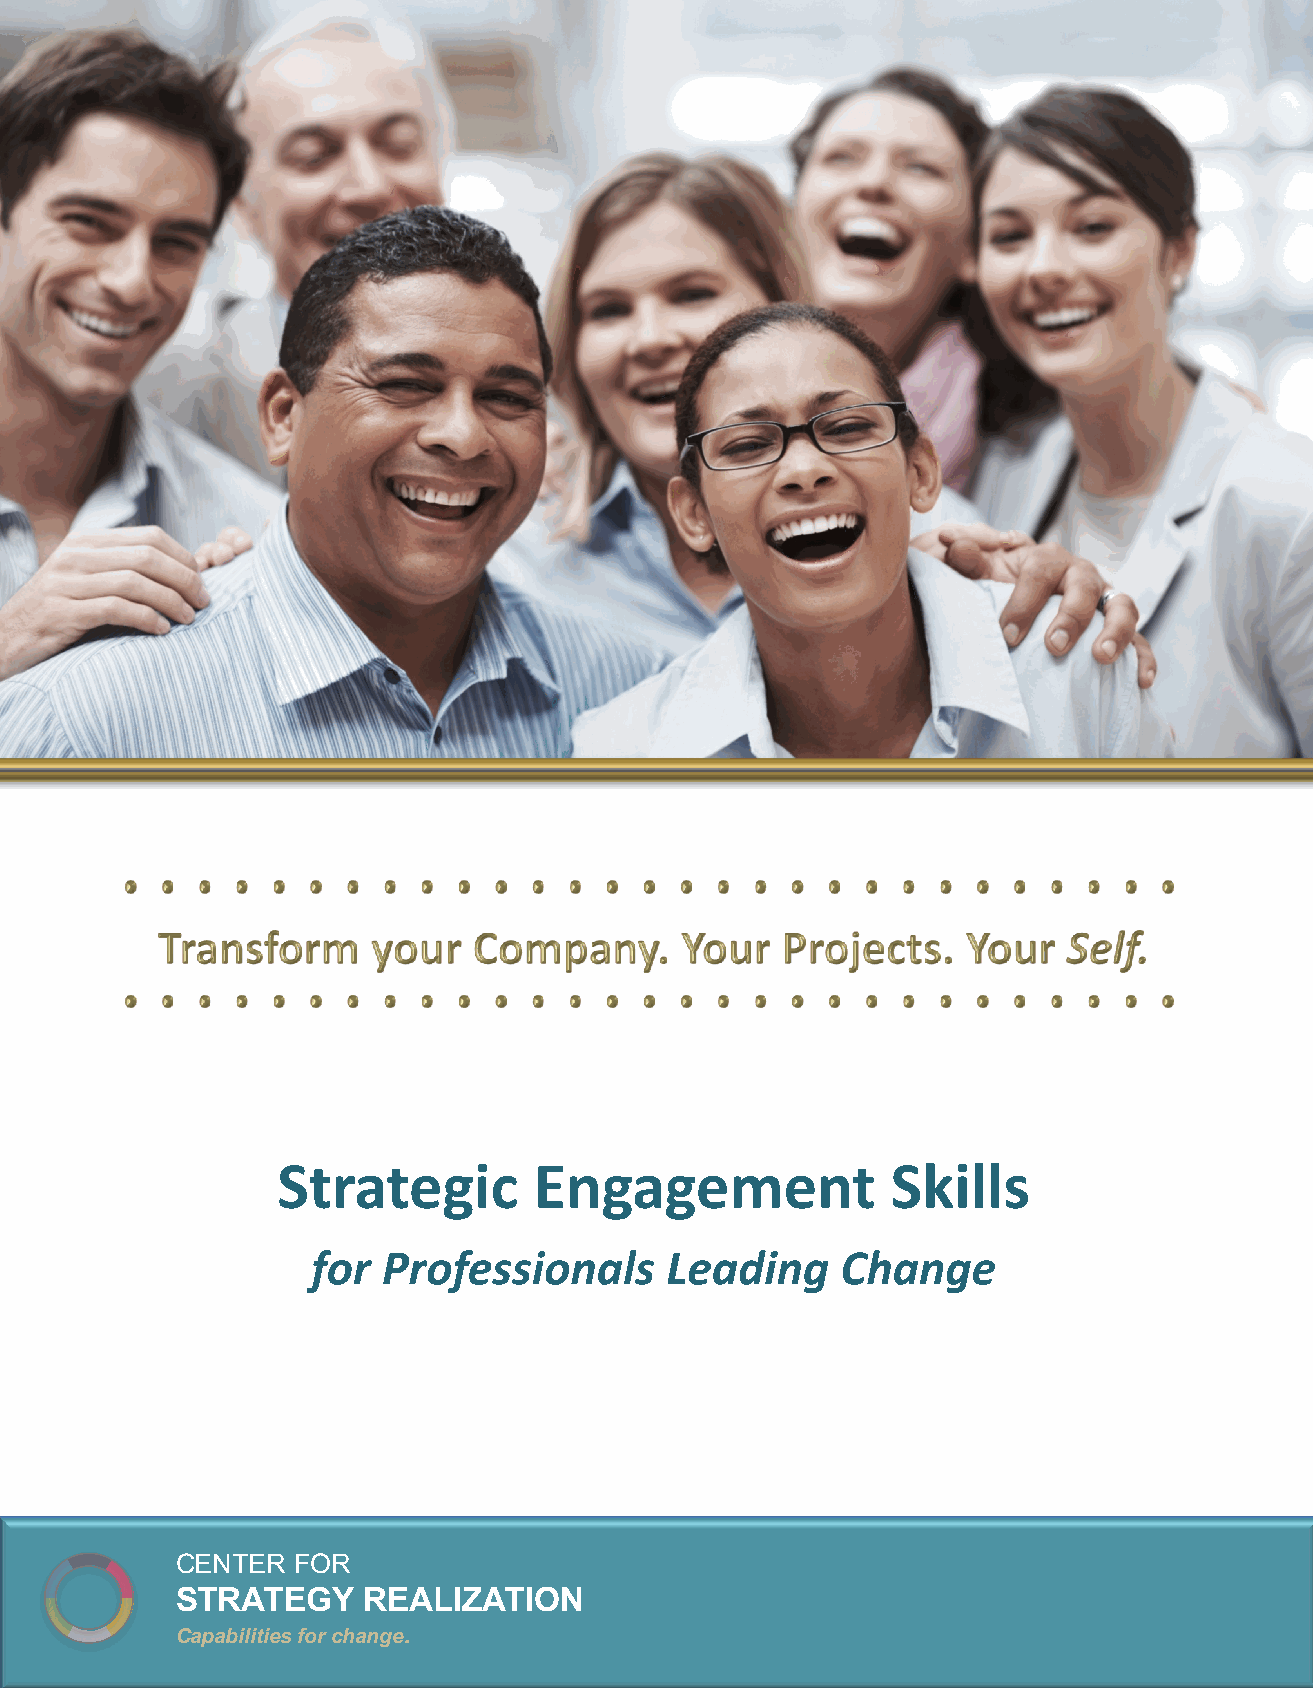
Strategic        Engagement              Skills
 for Professionals      Leading     Change
 CENTER FOR
 STRATEGY    REALIZATION
 Capabilities for change.